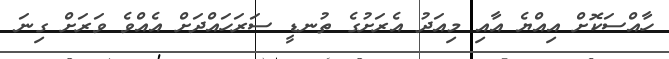
ހާއްސަކޮށް އިއްޔެ އާއި މިއަދު އެރަށުގެ ތުނޑީ ސަރަހައްދަށް އެއްްވެ ވަރަށް ގިނަ